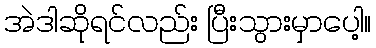
အဲဒါဆိုရင်လည်း ပြီးသွားမှာပေါ့။